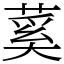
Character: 蒵